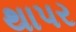
થાપર